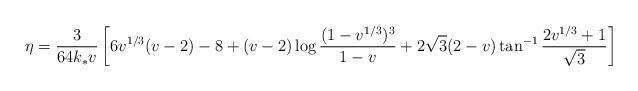
LaTeX: \begin{align*}\eta = \frac{3}{64k_*v} \left[6v^{1/3}(v-2) - 8 + (v-2)\log \frac{(1-v^{1/3})^3}{1-v} +2 \sqrt{3} (2-v) \tan^{-1} \frac{2v^{1/3}+1}{\sqrt{3}}\right]\end{align*}